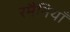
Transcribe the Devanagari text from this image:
रमैनियाँ